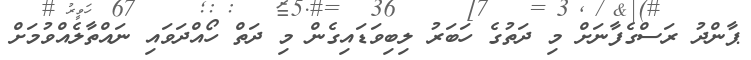
ޕާންދު ރަސްގެފާނަށް މި ދަތުގެ ހަބަރު ލިބިވަޑައިގެން މި ދަތް ހޯއްދަވައި ނައްތާލެއްވުމަށް